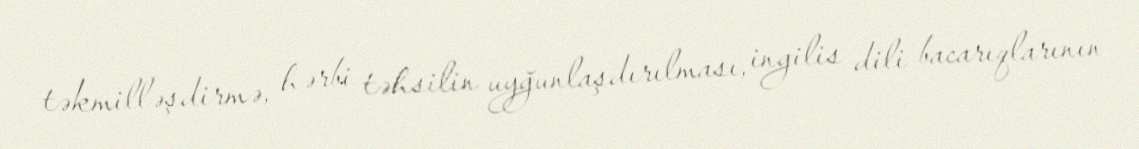
təkmilləşdirmə, hərbi təhsilin uyğunlaşdırılması, ingilis dili bacarıqlarının